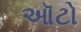
ઑટો